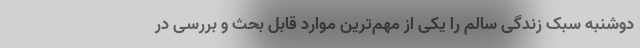
دوشنبه سبک زندگی سالم را یکی از مهم‌ترین موارد قابل بحث و بررسی در